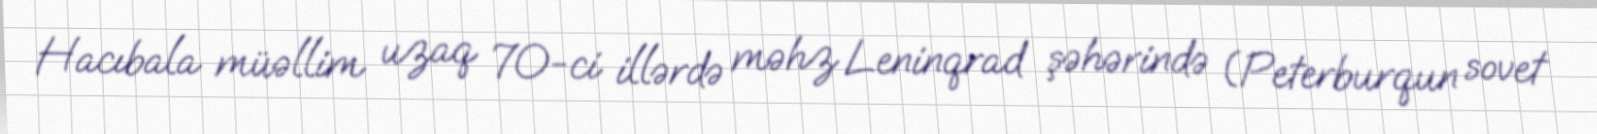
Hacıbala müəllim uzaq 70-ci illərdə məhz Leninqrad şəhərində (Peterburqun sovet